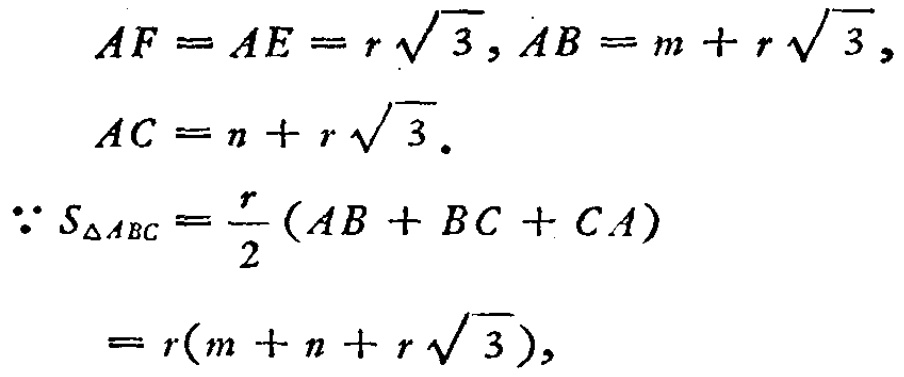
\[
\begin{align*}
AF&=AE = r\sqrt{3}, AB = m + r\sqrt{3},\\
AC&=n + r\sqrt{3}.\\
\because S_{\triangle ABC}&=\frac{r}{2}(AB + BC + CA)\\
&=r(m + n + r\sqrt{3}),
\end{align*}
\]